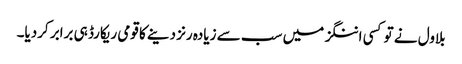
بلاول نے تو کسی اننگز میں سب سے زیادہ رنز دینے کا قومی ریکارڈ ہی برابر کردیا۔